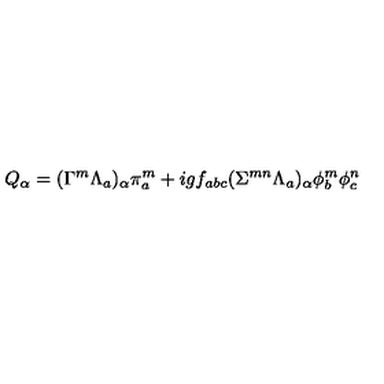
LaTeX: Q _ { \alpha } = ( \Gamma ^ { m } \Lambda _ { a } ) _ { \alpha } \pi _ { a } ^ { m } + i g f _ { a b c } ( \Sigma ^ { m n } \Lambda _ { a } ) _ { \alpha } \phi _ { b } ^ { m } \phi _ { c } ^ { n }